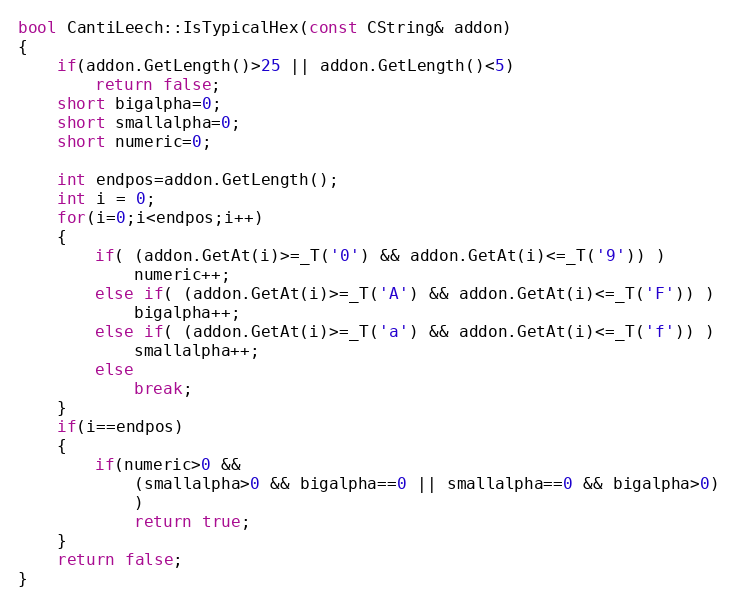
Language: C++
bool CantiLeech::IsTypicalHex(const CString& addon)
{
	if(addon.GetLength()>25 || addon.GetLength()<5)
		return false;
	short bigalpha=0;
	short smallalpha=0;
	short numeric=0;

	int endpos=addon.GetLength();
	int i = 0;
	for(i=0;i<endpos;i++)
	{
		if( (addon.GetAt(i)>=_T('0') && addon.GetAt(i)<=_T('9')) )
			numeric++;
		else if( (addon.GetAt(i)>=_T('A') && addon.GetAt(i)<=_T('F')) )
			bigalpha++;
		else if( (addon.GetAt(i)>=_T('a') && addon.GetAt(i)<=_T('f')) )
			smallalpha++;
		else
			break;
	}
	if(i==endpos)
	{
		if(numeric>0 &&
			(smallalpha>0 && bigalpha==0 || smallalpha==0 && bigalpha>0)
			)
			return true;
	}
	return false;
}